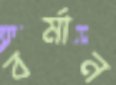
বর্মান